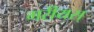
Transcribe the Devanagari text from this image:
गरीयस्‌